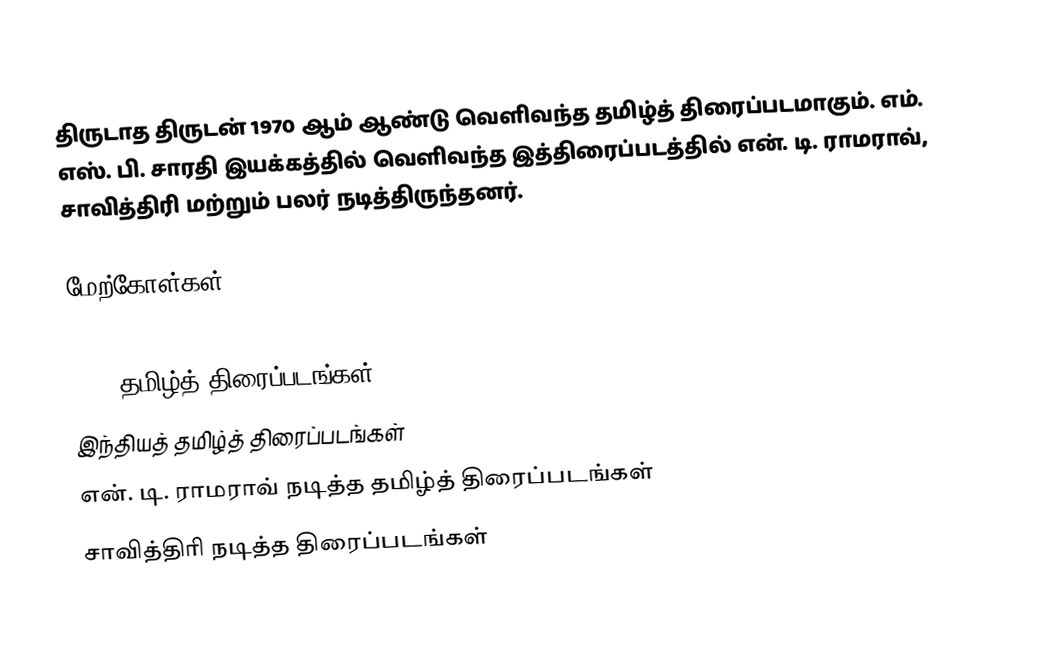
திருடாத திருடன் 1970 ஆம் ஆண்டு வெளிவந்த தமிழ்த் திரைப்படமாகும். எம். எஸ். பி. சாரதி இயக்கத்தில் வெளிவந்த இத்திரைப்படத்தில் என். டி. ராமராவ், சாவித்திரி மற்றும் பலர் நடித்திருந்தனர்.

மேற்கோள்கள்

1970 தமிழ்த் திரைப்படங்கள்
இந்தியத் தமிழ்த் திரைப்படங்கள்
என். டி. ராமராவ் நடித்த தமிழ்த் திரைப்படங்கள்
சாவித்திரி நடித்த திரைப்படங்கள்